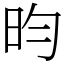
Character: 昀